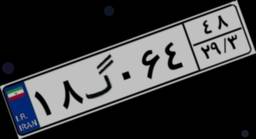
۱۸گ۰۶۴۴۸